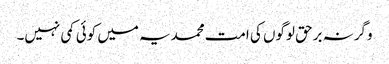
وگرنہ برحق لوگوں کی امت محمدیہ میں کوئی کمی نہیں۔